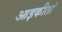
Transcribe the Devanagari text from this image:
आइकीतां